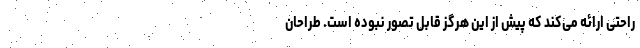
راحتی ارائه می‌کند که پیش از این هرگز قابل تصور نبوده است. طراحان